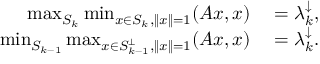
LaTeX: \begin{array} { r l } { \operatorname* { m a x } _ { S _ { k } } \operatorname* { m i n } _ { x \in S _ { k } , \| x \| = 1 } ( A x , x ) } & { { } = \lambda _ { k } ^ { \downarrow } , } \\ { \operatorname* { m i n } _ { S _ { k - 1 } } \operatorname* { m a x } _ { x \in S _ { k - 1 } ^ { \perp } , \| x \| = 1 } ( A x , x ) } & { { } = \lambda _ { k } ^ { \downarrow } . } \end{array}